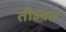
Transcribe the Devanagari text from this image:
तीब्‍बत